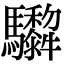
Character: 𩧠